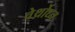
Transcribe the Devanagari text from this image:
वेर्थ्रोघ्न